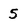
Character: 5